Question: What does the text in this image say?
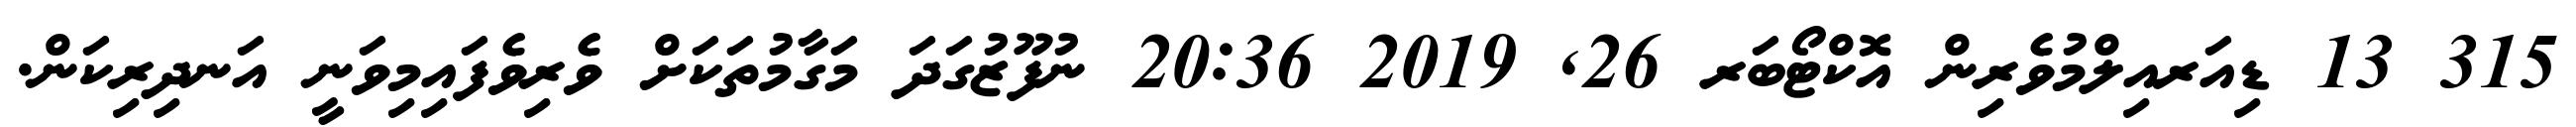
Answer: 315 13 ޑިއަރއިލްމުވެރިން އޮކްޓޯބަރ 26, 2019 20:36 ނުފޫޒުގަދަ މަގާމުތަކަށް ވެރިވެފައިމިވަނީ އަނދިރިކަން.